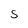
Character: S